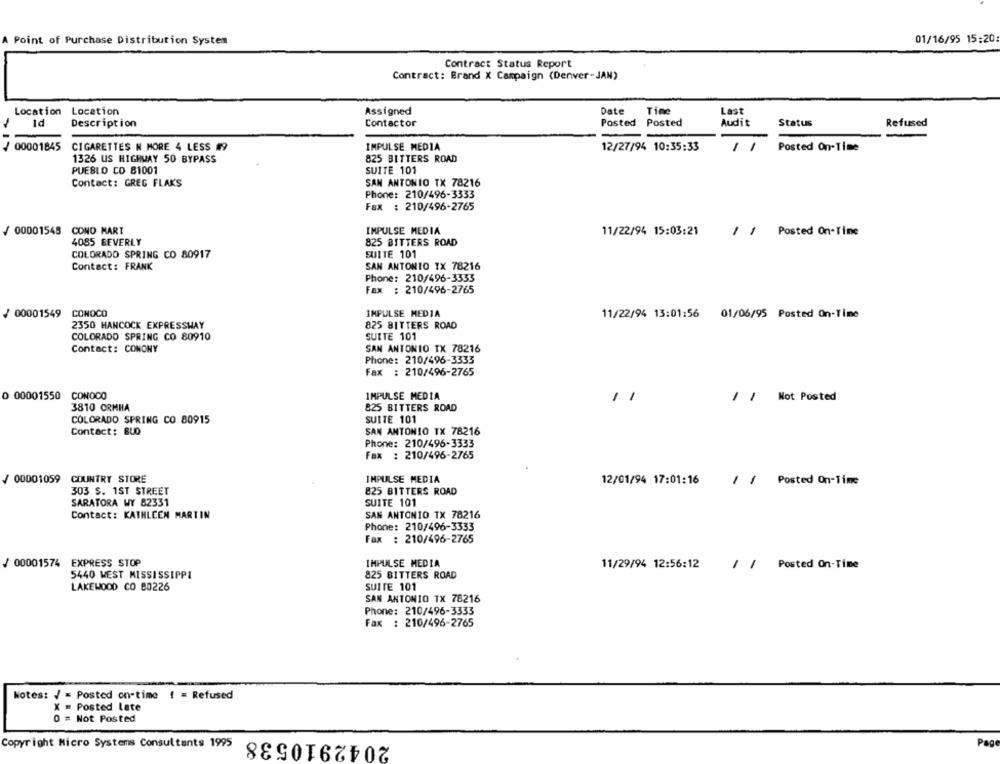
01/16/95 15:20
A Point of Purchase Distribution System
Contract Status Report
Contract: Brand X Campaign (Denver-JAN)
Location Location
Assigned
Date
Time
Last
Id
Description
Contactor
Posted Posted
Audit
Status
Refused
IMPULSE MEDIA
/ 00001845
CIGARETTES N MORE 4 LESS #9
12/27/94 10:35:33
Posted On-Time
1326 US HIGHWAY 50 BYPASS
825 BITTERS ROAD
PUEBLO CO 81001
SUITE 101
Contact: GREG FLAKS
SAN ANTONIO TX 78216
Phone: 210/496-3333
Fax : 210/496-2765
IMPULSE MEDIA
/ 00001548 COND MART
11/22/94 15:03:21
/ / Posted On-Time
4085 BEVERLY
825 BITTERS ROAD
SUITE 101
COLORADO SPRING CO 80917
Contact: FRANK
SAN ANTONIO TX 78216
Phone: 210/496-3333
Fax : 210/496-2765
/ 00001549
CONOCO
IMPULSE MEDIA
11/22/94 13:01:56 01/06/95 Posted On-Time
2350 HANCOCK EXPRESSWAY
825 BITTERS ROAD
COLORADO SPRING CO 80910
SUITE 101
Contact: CONONY
SAN ANTONIO TX 78216
Phone: 210/496-3333
Fax : 210/496-2765
0 00001550
CONOCO
IMPULSE MEDIA
/ / Not Posted
3810 CRMHA
825 BITTERS ROAD
COLORADO SPRING CO 80915
SUITE 101
Contact: BUQ
SAN ANTONIO TX 78216
Phone: 210/496-3333
Fax : 210/496-2765
/ 00001059
COUNTRY STORE
IMPULSE MEDIA
12/01/94 17:01:16
/ / Posted On-Time
303 S. 1ST STREET
825 BITTERS ROAD
SARATORA WY 82331
SUITE 101
Contact: KATHLEEN MARTIN
SAN ANTONIO TX 78216
Phone: 210/496-3333
Fax : 210/496-2765
/ 00001574 EXPRESS STOP
IMPULSE MEDIA
11/29/94 12:56:12
/ / Posted On-Time
5440 WEST MISSISSIPPI
825 BITTERS ROAD
LAKEWOOD CO BO226
SUITE 101
SAN ANTONIO TX 78216
Phone: 210/496-3333
Fax : 210/496-2765
Notes: / = Posted on-time ! = Refused
X = Posted Late
0 # Not Posted
2042910538
Copyright Micro Systems Consultants 1995
Pag